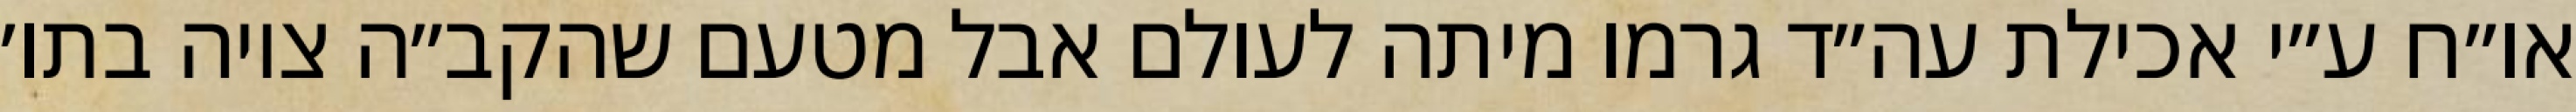
או״ח ע״י אכילת עה״ד גרמו מיתה לעולם אבל מטעם שהקב״ה ציוה בתו׳